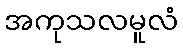
အကုသလမူလံ